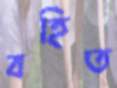
বহিত